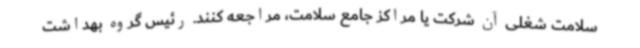
سلامت شغلی آن شرکت یا مراکز جامع سلامت، مراجعه کنند. رئیس گروه بهداشت